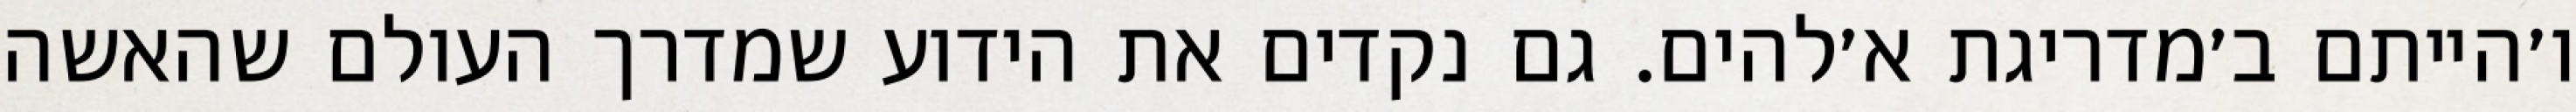
ו׳הייתם ב׳מדריגת א׳להים. גם נקדים את הידוע שמדרך העולם שהאשה